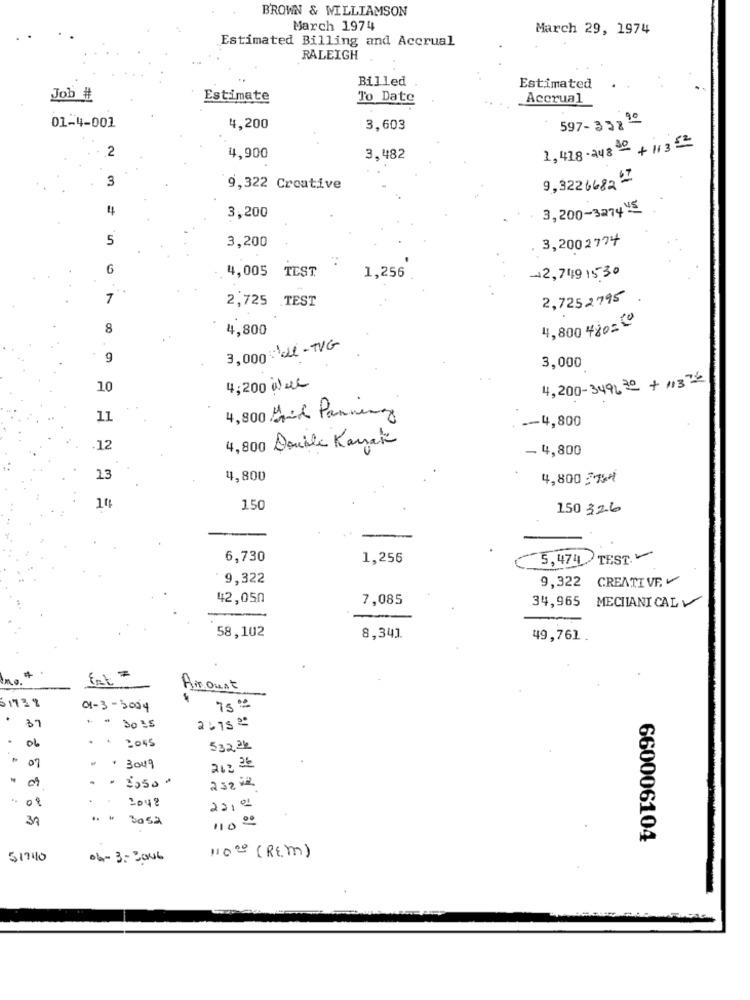
BROWN & WILLIAMSON
March 1974
March 29, 1974
Estimated Billing and Accrual
RALEIGH
Billed
Estimated
Job #
Estimate
To Date
Accrual
01-4-001
597-33890
4,200
3,603
.2
1,418-248 80 + 113 52
4,900
3,482
3
9,322 6682 7
9,322 Creative
4
3,200
3,200-3274 5
5
3,200
3,2002774
6
4,005 TEST
1,256
+2,749 15-30
7
2,7252795
2,725 TEST
8
4,800
4,800 4¿o=(
3,000 Ll - TVG
9
3,000
4,200-349130 + 11372
10
4,200 Wie
11
4,800 Bril Pannung
-- 4,800
4,800 Double Karak
12
-4,800
13
4,800
4,8002
150
150 326
6,730
1,256
5,474 TEST.
9,322
9,322 CREATIVE.V
42,050
7,085
34,965 MECHANICAL
58,102
8,341
49,761.
ine.
Airount
51722
01-3-2014
75%
.
37
. " 3035
2.75 2
06
.
53224
07
.+ 3009
212 26
= = 3,500
232 12
08
..
2048
22,01
31
bosa
110 00
660006104
11000 ( REM)
51740
04-3-2006